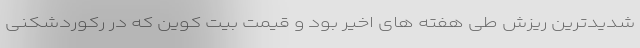
شدیدترین ریزش طی هفته های اخیر بود و قیمت بیت کوین که در رکوردشکنی